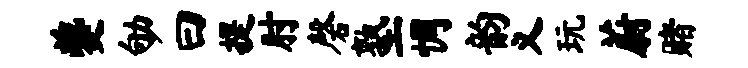
夔劬曰提肘磬塾惆韵义玩蔚赌